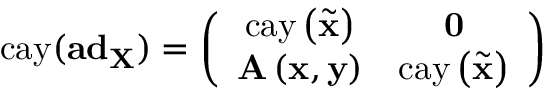
\mathrm { c a y } ( \mathbf { a d } _ { \mathbf { X } } ) = \left( \begin{array} { c c } { \mathrm { c a y } \left( \tilde { \mathbf { x } } \right) } & { \mathbf { 0 } } \\ { \mathbf { A } \left( \mathbf { x } , \mathbf { y } \right) } & { \mathrm { c a y } \left( \tilde { \mathbf { x } } \right) } \end{array} \right)